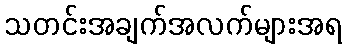
သတင်းအချက်အလက်များအရ